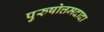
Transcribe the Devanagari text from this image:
पुरुषोत्तमदादा